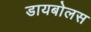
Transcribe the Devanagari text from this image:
डायबोलस